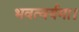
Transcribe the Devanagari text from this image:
भवत्वर्यमा।